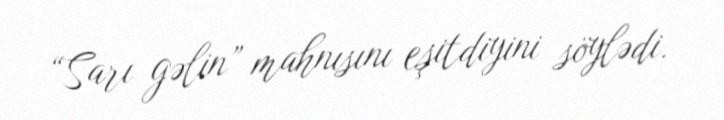
“Sarı gəlin” mahnısını eşitdiyini söylədi.